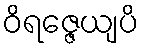
ဝိရဇ္ဇေယျပိ